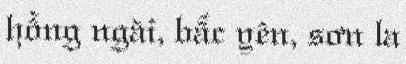
hồng ngài, bắc yên, sơn la